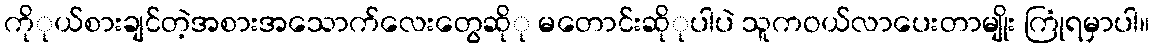
ကိုုယ်စားချင်တဲ့အစားအသောက်လေးတွေဆိုု မတောင်းဆိုုပါပဲ သူကဝယ်လာပေးတာမျိုး ကြုံရမှာပါ။